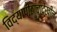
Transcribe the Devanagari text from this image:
विद्यापीठाचादेखील